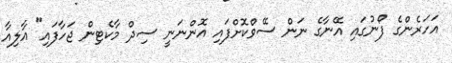
އަހަރެންގެ ފޯނުގައި އޭނާގެ ނަން ސޭވްކޮށްފައި އޮންނަނީ ސިދް މާކެޓިން ޖަހާފައި" އާލިއާ